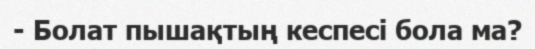
- Болат пышақтың кеспесі бола ма?